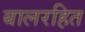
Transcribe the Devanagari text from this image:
बालरहित